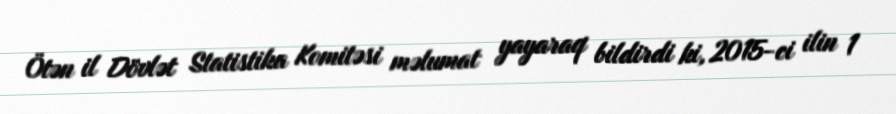
Ötən il Dövlət Statistika Komitəsi məlumat yayaraq bildirdi ki, 2015-ci ilin 1